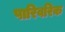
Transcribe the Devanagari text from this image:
पारिवरिक